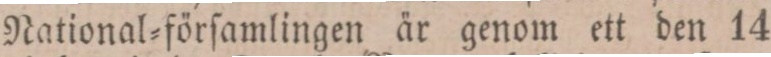
National=förſamlingen är genom ett den 14